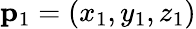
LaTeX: \mathbf{p}_{1}=(x_{1},y_{1},z_{1})